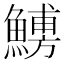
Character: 𩺹